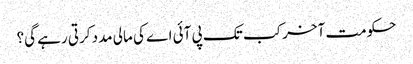
حکومت آخر کب تک پی آئی اے کی مالی مدد کرتی رہے گی؟